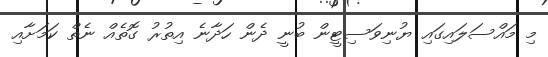
މި މައްސަލައިގައި ޔުނިވަސިޓީން ބުނީ ދެން ހަދާނެ އިތުރު ގޮތެއް ނެތް ކަމަށާއި